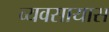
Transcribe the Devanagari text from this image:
व्‍यवसायास